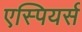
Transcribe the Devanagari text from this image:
एस्पियर्स